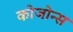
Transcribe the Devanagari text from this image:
कोजोन्स